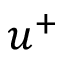
u ^ { + }